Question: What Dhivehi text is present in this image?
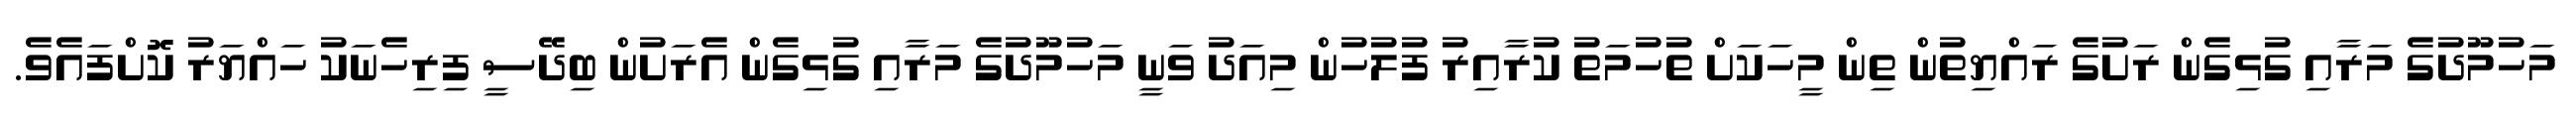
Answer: މަހުމޫދުގެ މަރާއި ގުޅިގެން ރަށުގެ ރައްޔިތުން ތިން މީހަކަށް ތުހުމަތު ކުރާއިރު ފުލުހުން މިއަދު ވަނީ މަހުމޫދުގެ މަރާއި ގުޅިގެން އެރަށުން ބިދޭސީ ފިރިހެނަކު ހައްޔަރު ކޮށްފައެވެ.